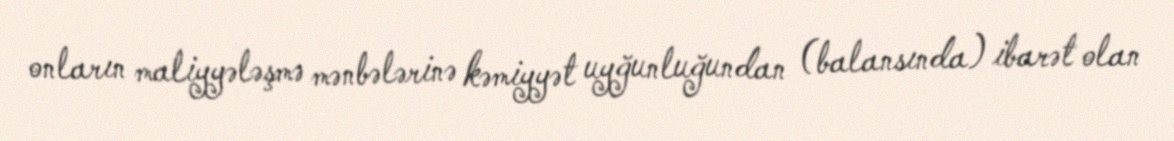
onların maliyyələşmə mənbələrinə kəmiyyət uyğunluğundan (balansında) ibarət olan